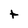
Character: t